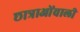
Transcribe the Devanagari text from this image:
छात्राओंवाली